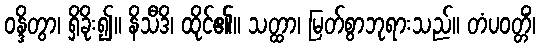
ဝန္ဒိတွာ၊ ရှိခိုး၍။ နိသီဒိ၊ ထိုင်၏။ သတ္ထာ၊ မြတ်စွာဘုရားသည်။ တံပဝတ္တိံ၊